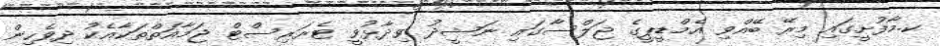
ކ.މާފުށީގައި މިރޭ ބޭއްވި އެމްޑީޕީގެ ޖަލްސާގައި ނަޝީދު ވިދާޅުވީ ޓެރަރިސްޓް ޖަމާއަތްތަކާއެކު ދިވެހިން